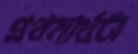
প্রথমার্ধটা